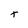
Character: T